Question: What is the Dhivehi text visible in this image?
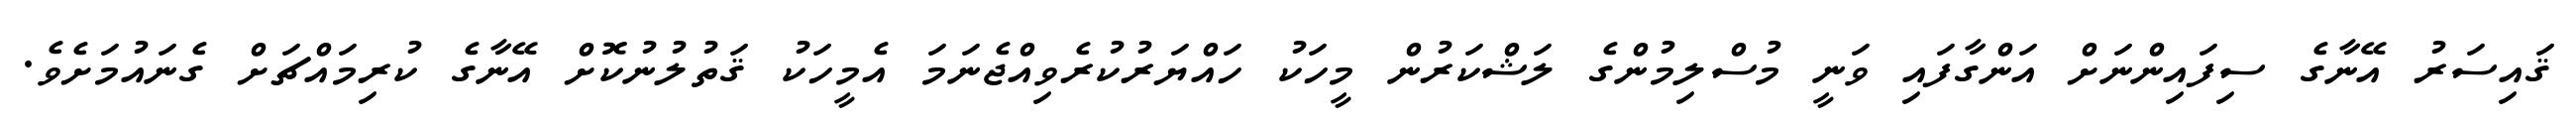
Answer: ޤައިސަރު އޭނާގެ ސިފައިންނަށް އަންގާފައި ވަނީ މުސްލިމުންގެ ލަޝްކަރުން މީހަކު ހައްޔަރުކުރެވިއްޖެނަމަ އެމީހަކު ޤަތުލުނުކޮށް އޭނާގެ ކުރިމައްޗަށް ގެނައުމަށެވެ.